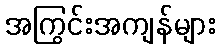
အကြွင်းအကျန်များ